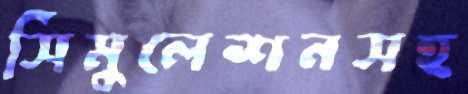
সিমুলেশনসহ